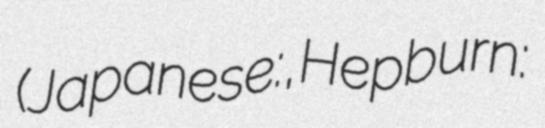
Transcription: (Japanese: グレイプニル, Hepburn: